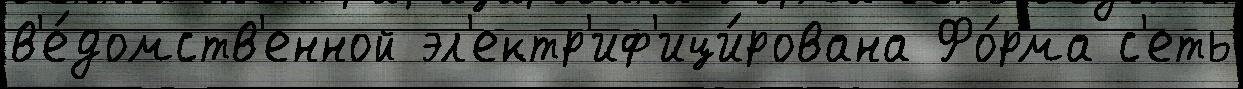
в'е́домств'енной эл'ектр'иф'ици́рована Фо́рма с'еть